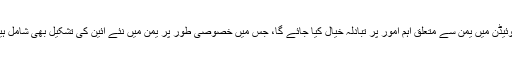
حوثی رہنما عبد المالک نے الجزیرہ سے بات کرتے ہوئے کہا کہ سوئیڈن میں یمن سے متعلق اہم امور پر تبادلہ خیال کیا جائے گا، جس میں خصوصی طور پر یمن میں نئے آئین کی تشکیل بھی شامل ہیں، تمام امور پر اتفاق رائے ہونے کے بعد جنگ بندی کا امکان ہے۔